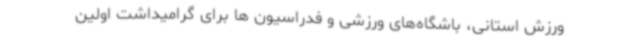
ورزش استانی، باشگاه‌های ورزشی و فدراسیون ها برای گرامیداشت اولین